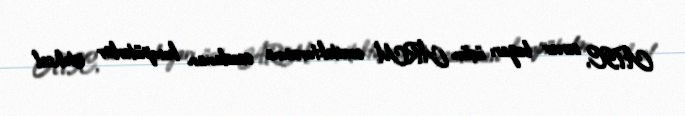
ATIC, server bazarı üçün ARM arxitekturasına əsaslanan kompüterlər istehsal